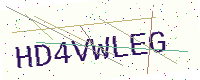
Text: HD4VWLEG